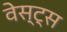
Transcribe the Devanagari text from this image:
वेस्ट्स